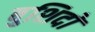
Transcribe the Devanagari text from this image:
बुशिदो